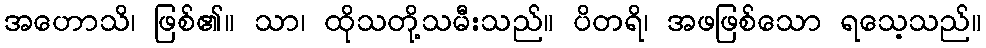
အဟောသိ၊ ဖြစ်၏။ သာ၊ ထိုသတို့သမီးသည်။ ပိတရိ၊ အဖဖြစ်သော ရသေ့သည်။